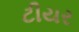
ટીયર